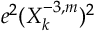
e ^ { 2 } ( X _ { k } ^ { - 3 , m } ) ^ { 2 }